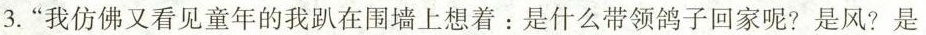
3.“我仿佛又看见童年的我趴在围墙上想着:是什么带领鸽子回家呢?是风?是